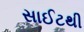
સાઈટથી